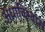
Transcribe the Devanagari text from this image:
अंधाविश्वास